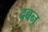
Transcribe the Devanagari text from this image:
दबन